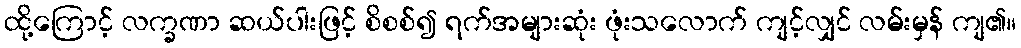
ထို့ကြောင့် လက္ခဏာ ဆယ်ပါးဖြင့် စိစစ်၍ ရက်အများဆုံး ဖုံးသလောက် ကျင့်လျှင် လမ်းမှန် ကျ၏။